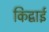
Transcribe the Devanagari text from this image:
किद्वाई